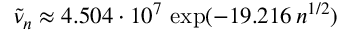
\tilde { \nu } _ { n } \approx 4 . 5 0 4 \cdot 1 0 ^ { 7 } \, \exp ( - 1 9 . 2 1 6 \, n ^ { 1 / 2 } )